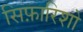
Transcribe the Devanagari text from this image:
सिफ़ारिशो